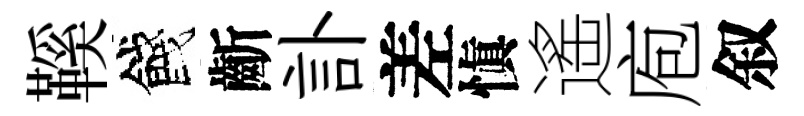
鞵餞齗訃差愼遙庖叙